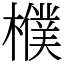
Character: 㯷